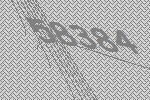
58384